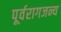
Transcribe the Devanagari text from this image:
पूर्वरागजन्य